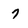
Character: 7